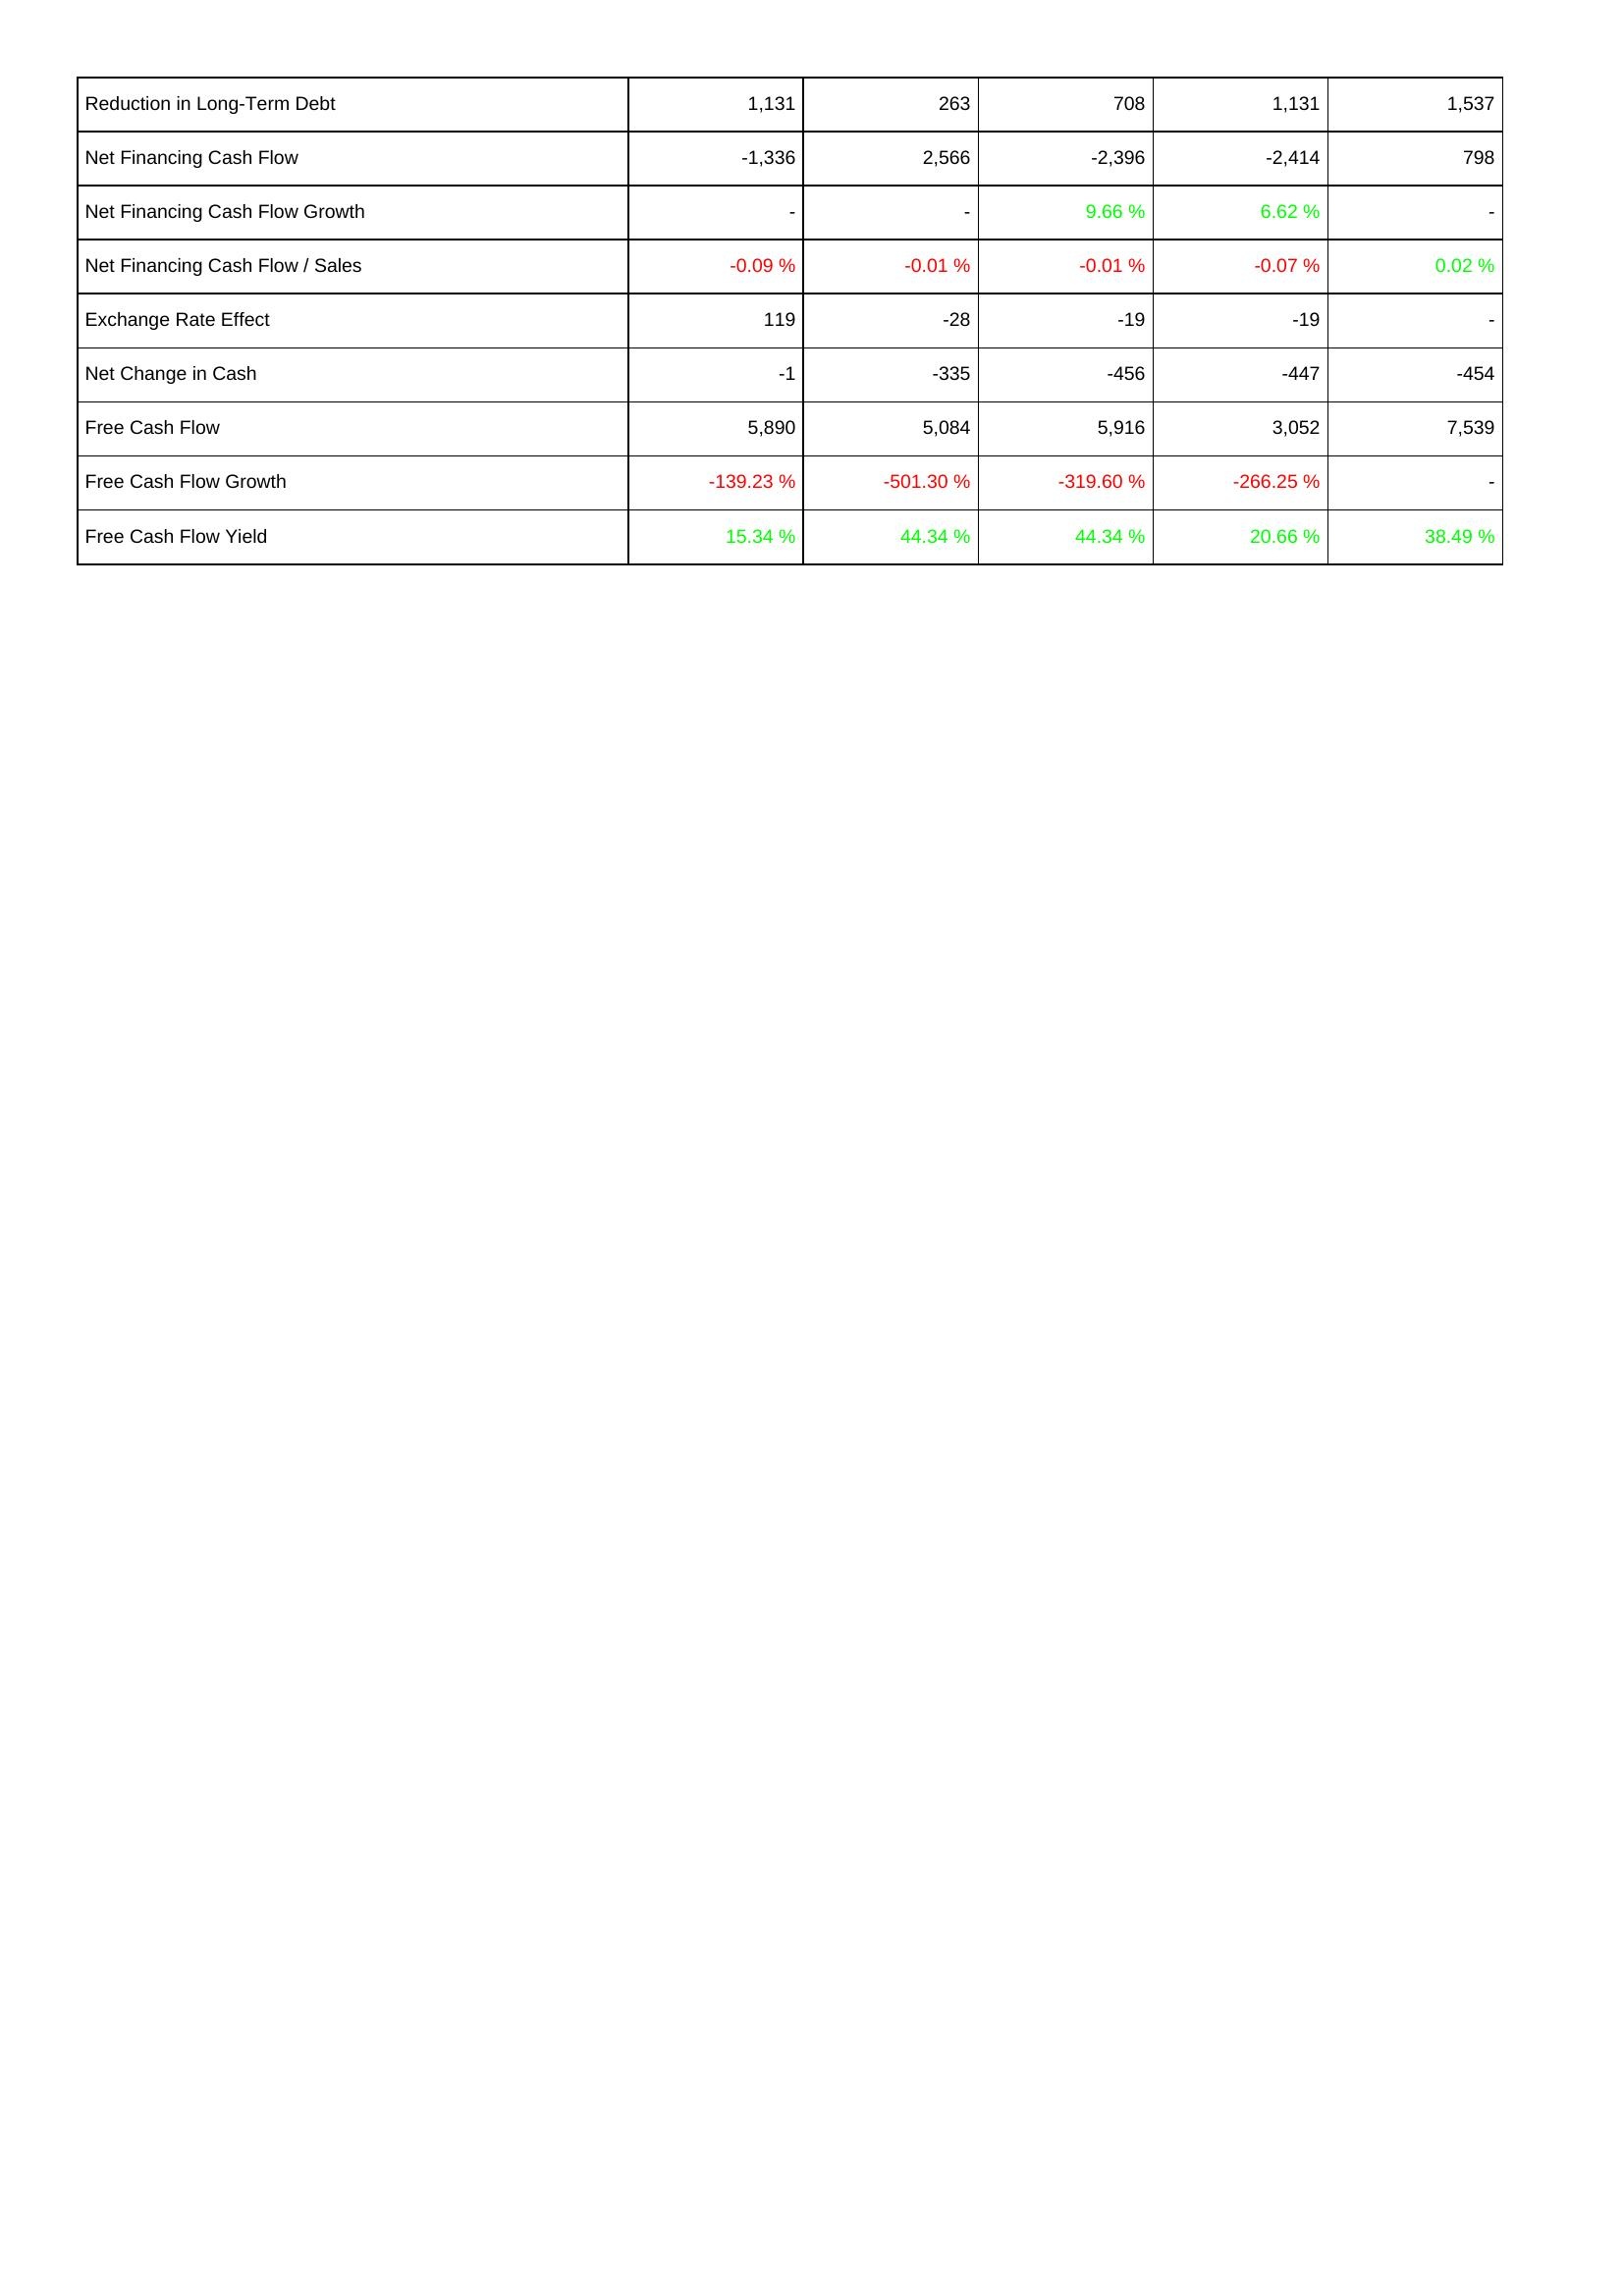
2015: Financing Activities: Reduction in Long-Term Debt: 1,131
Net Financing Cash Flow: -1,336
Net Financing Cash Flow Growth: -
Net Financing Cash Flow / Sales: -0.09 %
Exchange Rate Effect: 119
Net Change in Cash: -1
Free Cash Flow: 5,890
Free Cash Flow Growth: -139.23 %
Free Cash Flow Yield: 15.34 %
2014: Financing Activities: Reduction in Long-Term Debt: 263
Net Financing Cash Flow: 2,566
Net Financing Cash Flow Growth: -
Net Financing Cash Flow / Sales: -0.01 %
Exchange Rate Effect: -28
Net Change in Cash: -335
Free Cash Flow: 5,084
Free Cash Flow Growth: -501.30 %
Free Cash Flow Yield: 44.34 %
2013: Financing Activities: Reduction in Long-Term Debt: 708
Net Financing Cash Flow: -2,396
Net Financing Cash Flow Growth: 9.66 %
Net Financing Cash Flow / Sales: -0.01 %
Exchange Rate Effect: -19
Net Change in Cash: -456
Free Cash Flow: 5,916
Free Cash Flow Growth: -319.60 %
Free Cash Flow Yield: 44.34 %
2012: Financing Activities: Reduction in Long-Term Debt: 1,131
Net Financing Cash Flow: -2,414
Net Financing Cash Flow Growth: 6.62 %
Net Financing Cash Flow / Sales: -0.07 %
Exchange Rate Effect: -19
Net Change in Cash: -447
Free Cash Flow: 3,052
Free Cash Flow Growth: -266.25 %
Free Cash Flow Yield: 20.66 %
2011: Financing Activities: Reduction in Long-Term Debt: 1,537
Net Financing Cash Flow: 798
Net Financing Cash Flow Growth: -
Net Financing Cash Flow / Sales: 0.02 %
Exchange Rate Effect: -
Net Change in Cash: -454
Free Cash Flow: 7,539
Free Cash Flow Growth: -
Free Cash Flow Yield: 38.49 %